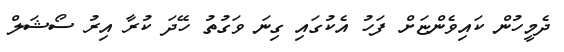
ދެމީހުން ކައިވެންޏަށް ފަހު އެކުގައި ގިނަ ވަގުތު ހޭދަ ކުރާ އިރު ސޯޝަލް